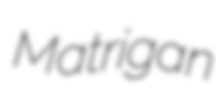
Matrigan